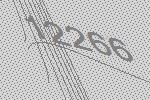
12266